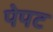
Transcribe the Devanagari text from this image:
पेपट